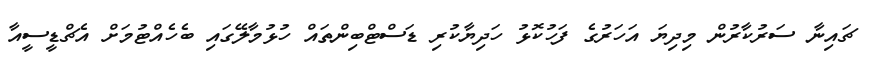
ޗައިނާ ސަރުކާރުން މިދިޔަ އަހަރުގެ ފަހުކޮޅު ހަދިޔާކުރި ޑަސްޓްބިންތައް ހުޅުމާލޭގައި ބެހެއްޓުމަށް އެޗްޑީސީއާ